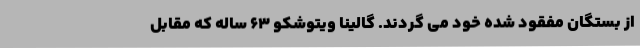
از بستگان مفقود شده خود می گردند. گالینا ویتوشکو 63 ساله که مقابل